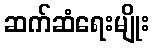
ဆက်ဆံရေးမျိုး